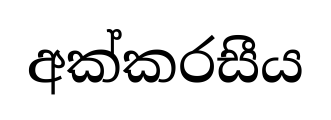
අක්කරසීය